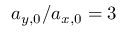
a _ { y , 0 } / a _ { x , 0 } = 3 \